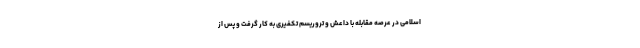
اسلامی در عرصه مقابله با داعش و تروریسم تکفیری به کار گرفت و پس از